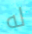
له